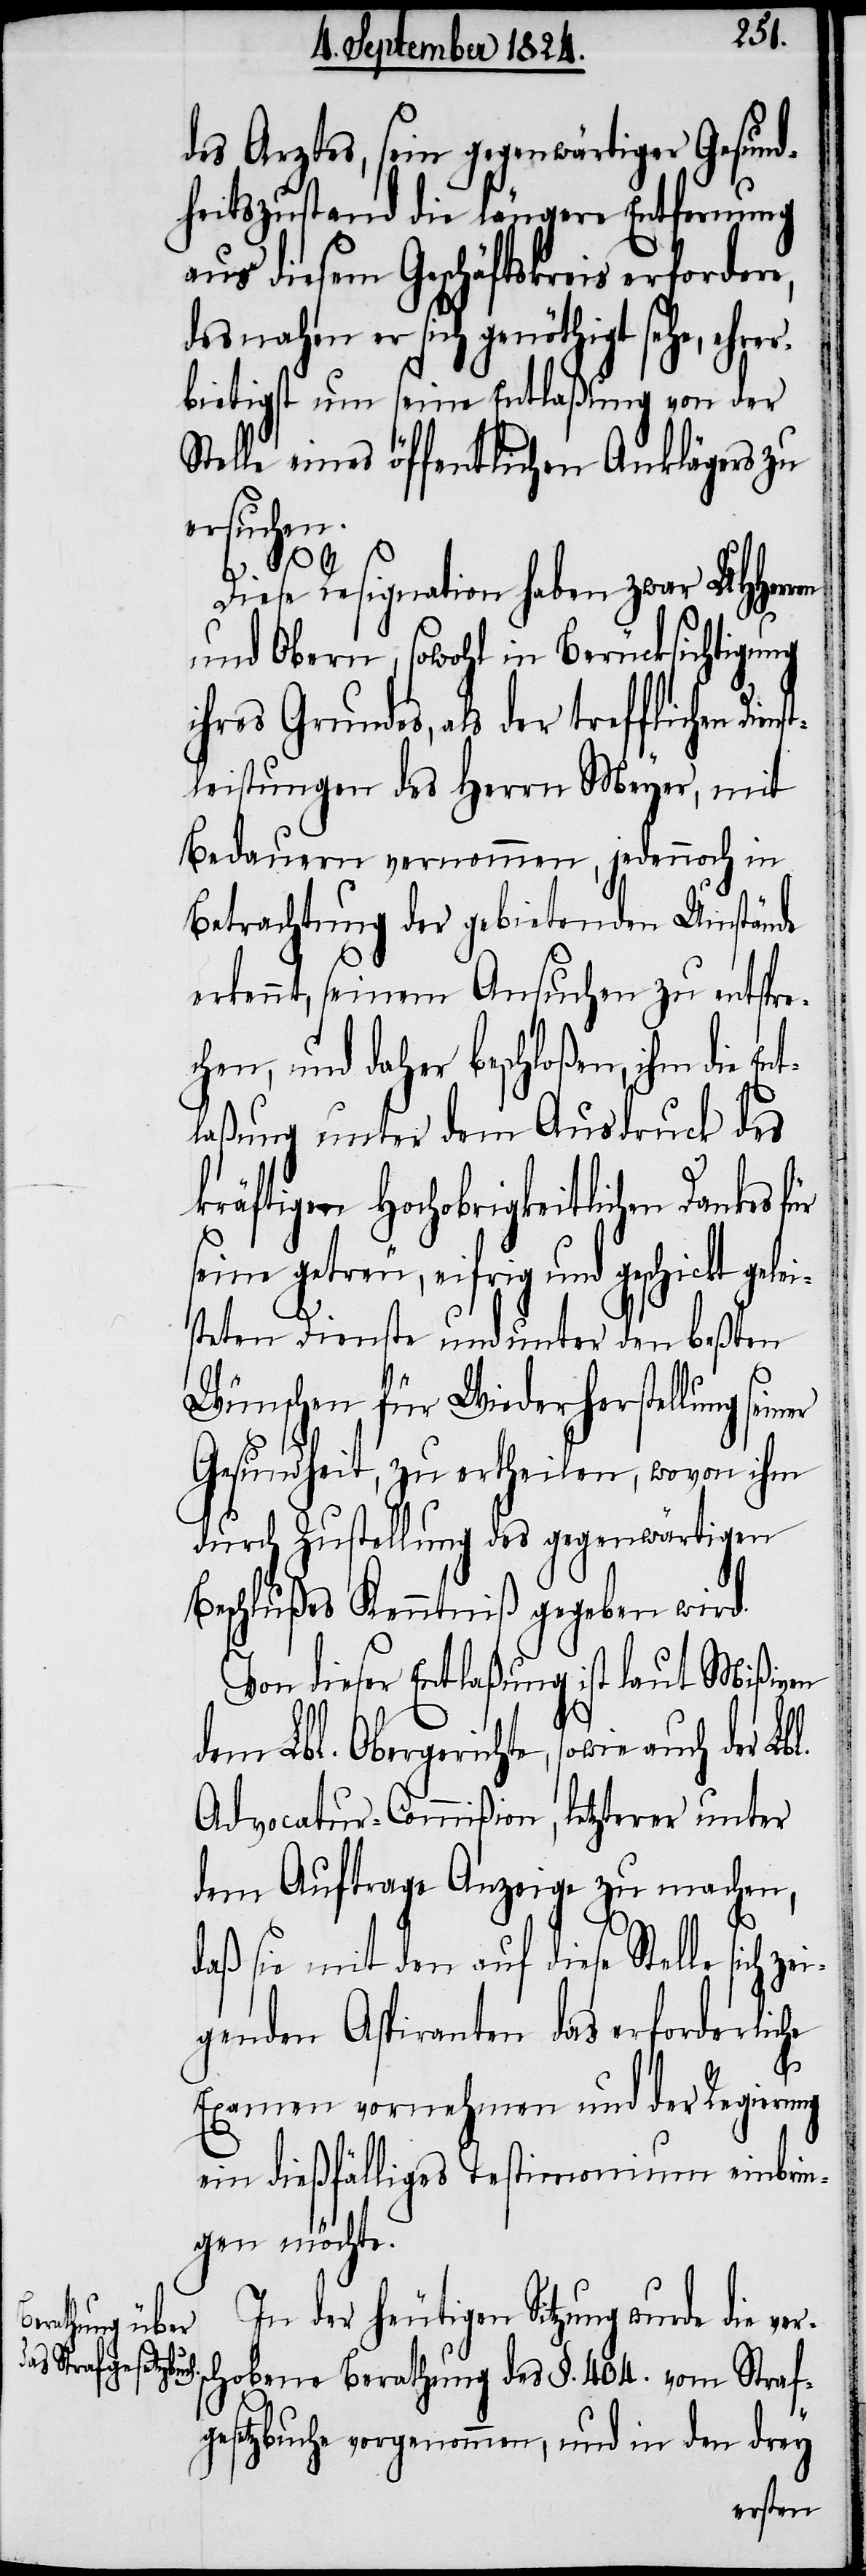
Wünschen fü¬

enst¬
des Arztes, sein gegenwärtiger Gesund¬
heitszustand die längere Entfernung
aus diesem Geschäftskreis erfordere,
desnahen er sich genöthigt sehe, ehr¬
bietigst um seine Entlaßung von der
Stelle eines öffentlichen Anklägers zu
ersuchen.
Diese Resignation haben zwar UHHerren
und Obern, sowohl in Berücksichtigung
ihres Grundes, als der trefflichen Di¬
leistungen des Herrn Meyer, mit
Bedauern vernommen, jedennoch in
Betrachtung der gebietenden Umstände
erkennt, seinem Ansuchen zu entspre¬
chen, und daher beschloßen, ihm die En¬
rs¬
laßung unter dem Ausdruck des
r die Wiederherstellung seiner
seine getreu, eifrig und geschickt gelei¬
steten Dienste und unter den beßten
Gesundheit, zu ertheilen, wovon ihm
durch Zustellung des gegenwärtigen
Beschlußes Kenntniß gegeben wird.
Von dieser Entlaßung ist laut Mißiven
dem Lbl. Obergerichte, sowie auch
Advocatur-Commißion, letzterer unter
dem Auftrage Anzeige zu machen,
daß sie mit den auf diese Stelle sich zei¬
genden Aspiranten das erforderliche
Examen vornehmen und der Regierung
ein dießfälliges Testimonium einbrin¬
gen möchte.
In der heutigen Sitzung wurde die
chobene Berathung des §. 404 vom Straf¬
gesetzbuche vorgenommen, und in den drey